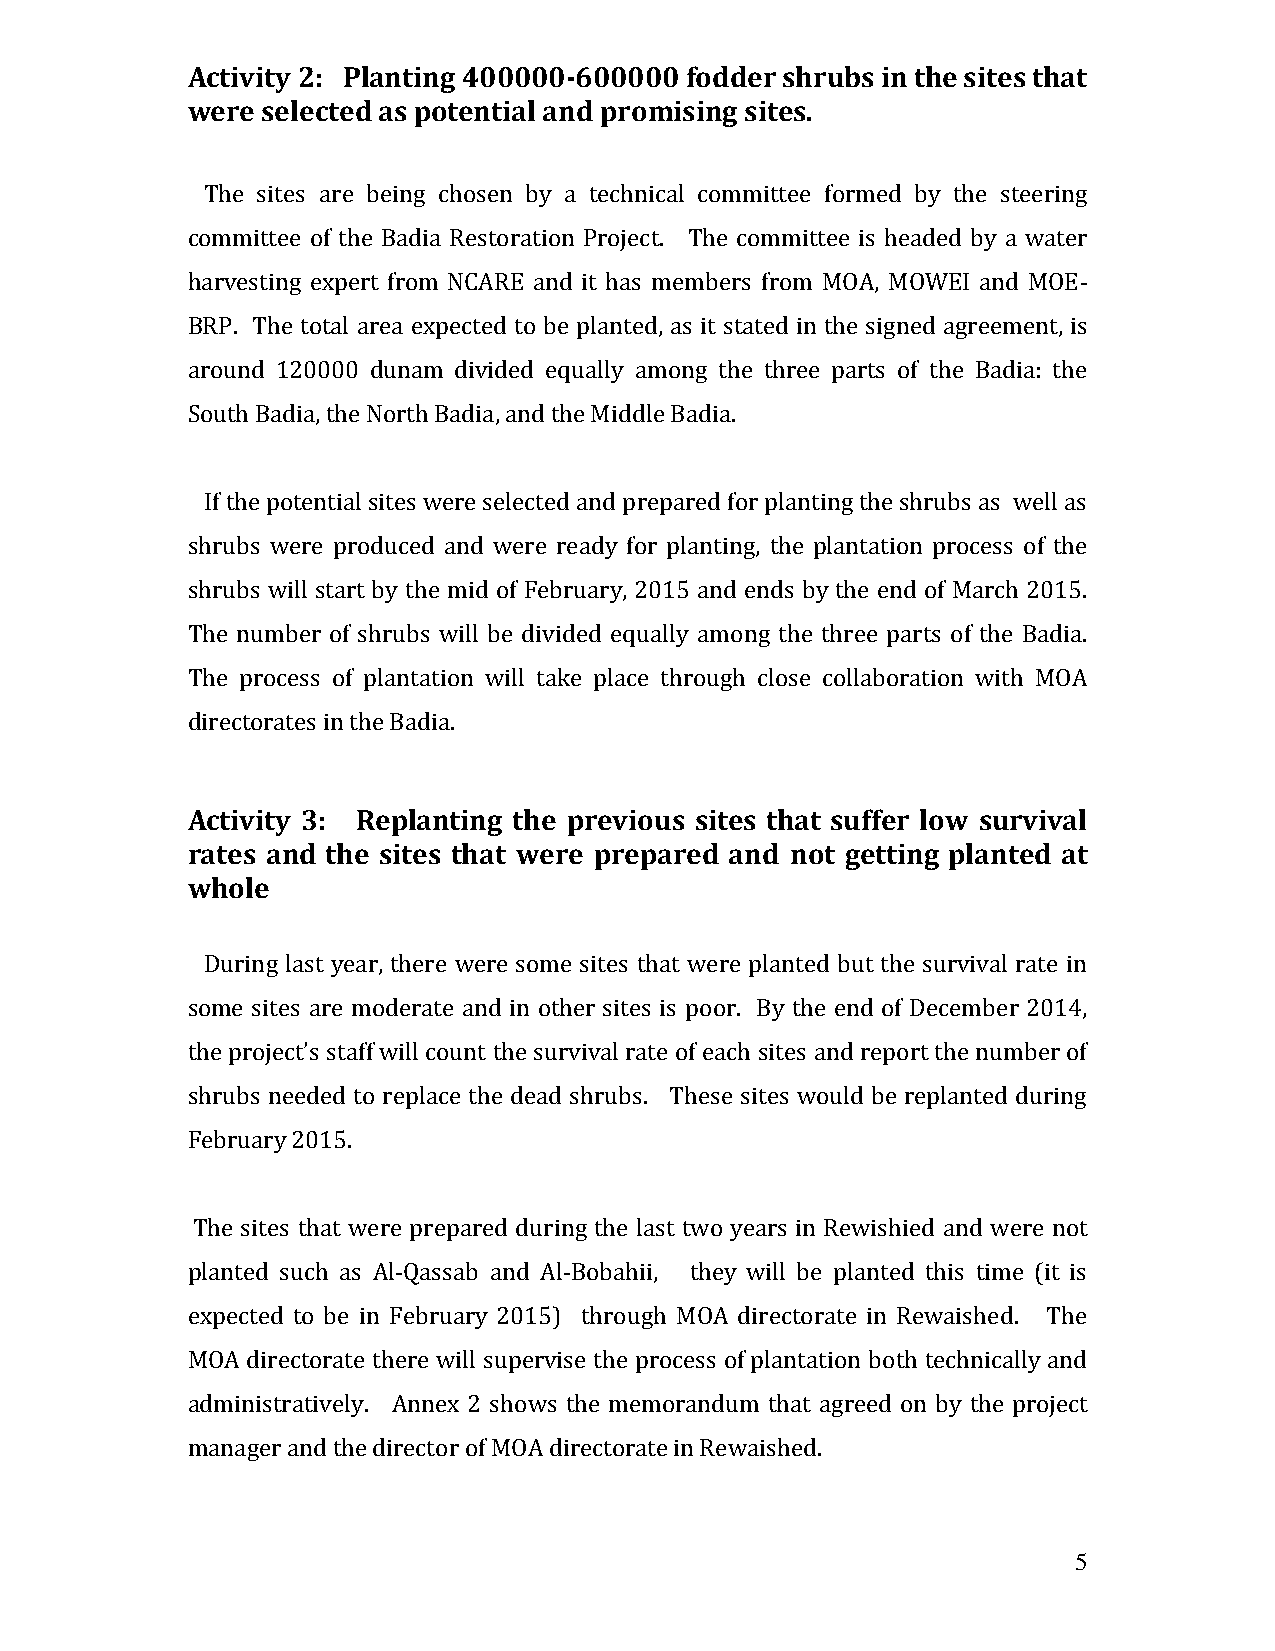
Activity 2: Planting 400000-600000 fodder shrubs in the sites that
 were selected as potential and promising sites.
 The sites are being chosen by a technical committee formed by the steering
 committee of the Badia Restoration Project. The committee is headed by a water
 harvesting expert from NCARE and it has members from MOA, MOWEI and MOE-
 BRP. The total area expected to be planted, as it stated in the signed agreement, is
 around 120000 dunam divided equally among the three parts of the Badia: the
 South Badia, the North Badia, and the Middle Badia.
 If the potential sites were selected and prepared for planting the shrubs as well as
 shrubs were produced and were ready for planting, the plantation process of the
 shrubs will start by the mid of February, 2015 and ends by the end of March 2015.
 The number of shrubs will be divided equally among the three parts of the Badia.
 The process of plantation will take place through close collaboration with MOA
 directorates in the Badia.
 Activity 3: Replanting the previous sites that suffer low survival
 rates and the sites that were prepared and not getting planted at
 whole
 During last year, there were some sites that were planted but the survival rate in
 some sites are moderate and in other sites is poor. By the end of December 2014,
 the project’s staff will count the survival rate of each sites and report the number of
 shrubs needed to replace the dead shrubs. These sites would be replanted during
 February 2015.
 The sites that were prepared during the last two years in Rewishied and were not
 planted such as Al-Qassab and Al-Bobahii, they will be planted this time (it is
 expected to be in February 2015) through MOA directorate in Rewaished. The
 MOA directorate there will supervise the process of plantation both technically and
 administratively. Annex 2 shows the memorandum that agreed on by the project
 manager and the director of MOA directorate in Rewaished.
 5